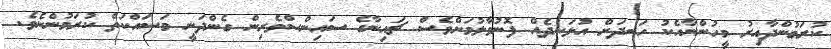
ކުރަމުންދާއިރު މީހުންނާއެކު ހަނދަށް އުޅަނދެއް ފޮނުވާލުމަށްވެސް ޗައިނާގެ ސައިންސްވެރިން ގެންދަނީ މަސައްކަތް ކުރަމުންނެވެ.